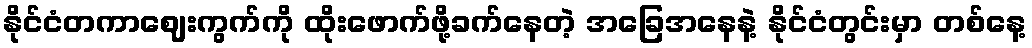
နိုင်ငံတကာဈေးကွက်ကို ထိုးဖောက်ဖို့ခက်နေတဲ့ အခြေအနေနဲ့ နိုင်ငံတွင်းမှာ တစ်နေ့